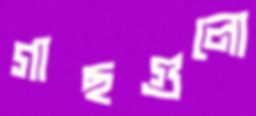
গাছগুলো